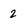
Character: 2